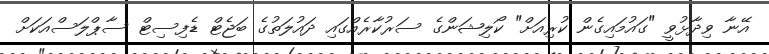
އޭނާ ވިދާޅުވީ "ގައުމައިގެން ކުރިއަށް" ކޯލިޝަންގެ ސަރުކާރެއްގައި ދައުލަތުގެ ބަޖެޓް ޑެފިސިޓް ސާޕްލަސްއަކަށް